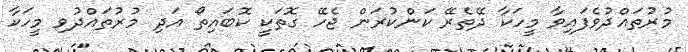
މުރުތައްދުވެފައިވާ މީހަކާ ދޭތެރޭ ކަންކުރަން ޖެހޭ ގޮތަކީ ކޮބައިތޯ އަދި މުރުތައްދުވި މީހަކާ